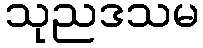
သုညဒသမ